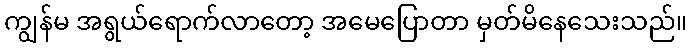
ကျွန်မ အရွယ်ရောက်လာတော့ အမေပြောတာ မှတ်မိနေသေးသည်။